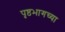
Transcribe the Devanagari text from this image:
पृष्ठभागच्या